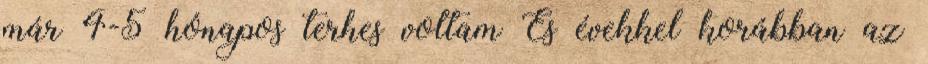
már 4-5 hónapos terhes voltam És évekkel korábban az